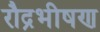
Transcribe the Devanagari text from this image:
रौद्रभीषण